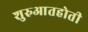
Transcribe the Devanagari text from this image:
शुरुआतहोती